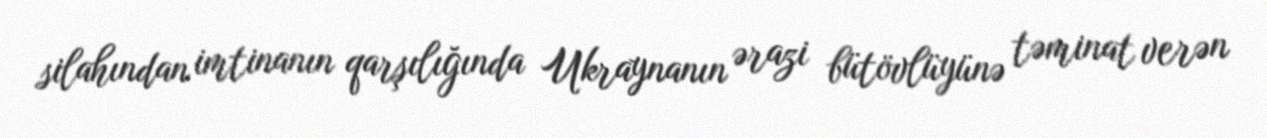
silahından imtinanın qarşılığında Ukraynanın ərazi bütövlüyünə təminat verən